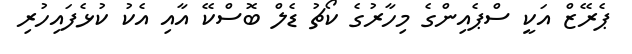
ޕެރޭޒް އަކީ ސްޕެއިންގެ މިހާރުގެ ކޯޗު ޑެލް ބޮސްކޭ އާއި އެކު ކުޅެފައިހުރި